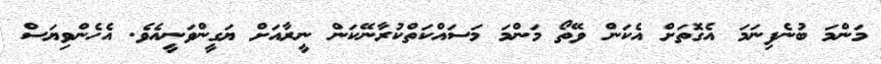
މަންމަ ބުނެފިނަމަ އެގޮތަށް އެކަން ވޭތޯ މަންމަ މަސައްކަތްކުރާނޭކަން ނީރާއަށް ޔަގީންވަނީއެވެ. އެހެންވިޔަސް